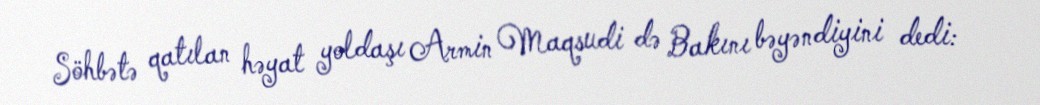
Söhbətə qatılan həyat yoldaşı Armin Maqsudi də Bakını bəyəndiyini dedi: